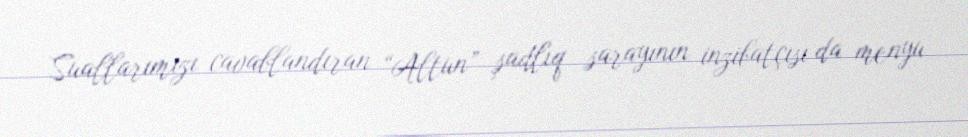
Suallarımızı cavablandıran “Altun” şadlıq sarayının inzibatçısı da menyu